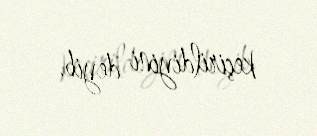
keçirildiyini deyib.